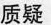
质疑